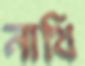
নাথি